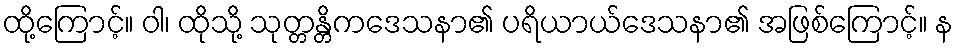
ထို့ကြောင့်။ ဝါ၊ ထိုသို့ သုတ္တန္တိကဒေသနာ၏ ပရိယာယ်ဒေသနာ၏ အဖြစ်ကြောင့်။ န